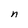
Character: n